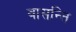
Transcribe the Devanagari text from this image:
वासन्ति